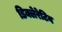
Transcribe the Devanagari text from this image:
डिक्लेरेटिव